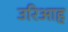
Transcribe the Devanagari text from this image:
उरिआह